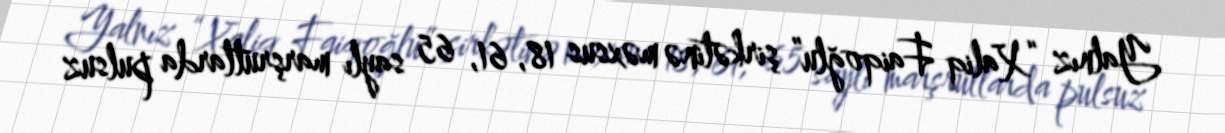
Yalnız “Xaliq Faiqoğlu” şirkətinə məxsus 18, 61, 65 saylı marşrutlarda pulsuz